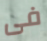
فى